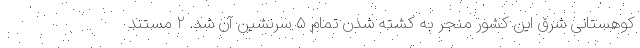
کوهستانی شرق این کشور منجر به کشته شدن تمام ۵ سرنشین آن شد. ۲ مستند